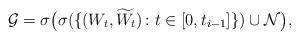
LaTeX: \begin{align*}\mathcal G = \sigma\bigl(\sigma(\{( W_t,\widetilde W_t)\colon t\in [0,t_{i-1}]\})\cup \mathcal N\bigr),\end{align*}